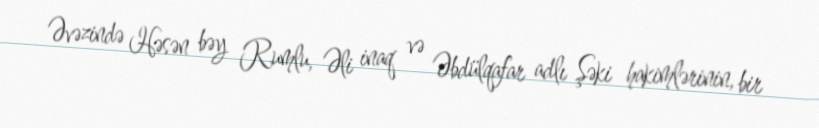
Əvəzində Həsən bəy Rumlu, Əli inaq və Əbdülqafar adlı Şəki hakimlərinin, bir